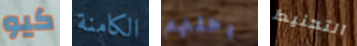
كيو الكامنة رحلتهم التحنيط